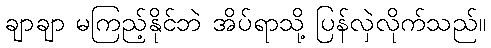
ချာချာ မကြည့်နိုင်ဘဲ အိပ်ရာသို့ ပြန်လှဲလိုက်သည်။